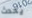
يحدث